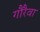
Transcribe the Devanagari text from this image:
गौरैवा